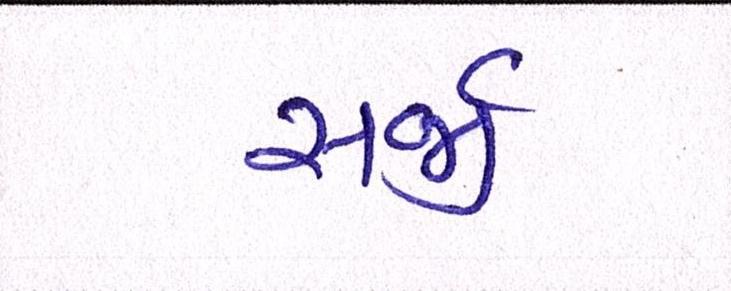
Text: સર્જી